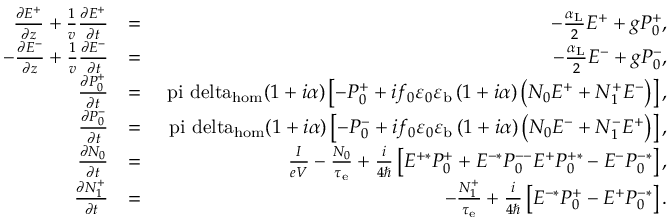
\begin{array} { r l r } { \frac { \partial E ^ { + } } { \partial z } + \frac { 1 } { v } \frac { \partial E ^ { + } } { \partial t } } & { = } & { - \frac { \alpha _ { \mathrm { L } } } { 2 } E ^ { + } + g P _ { 0 } ^ { + } , } \\ { - \frac { \partial E ^ { - } } { \partial z } + \frac { 1 } { v } \frac { \partial E ^ { - } } { \partial t } } & { = } & { - \frac { \alpha _ { \mathrm { L } } } { 2 } E ^ { - } + g P _ { 0 } ^ { - } , } \\ { \frac { \partial P _ { 0 } ^ { + } } { \partial t } } & { = } & { \mathrm { \ p i \ d e l t a _ { h o m } } ( 1 + i \alpha ) \left[ - P _ { 0 } ^ { + } + i f _ { 0 } \varepsilon _ { 0 } \varepsilon _ { \mathrm { b } } \left( 1 + i \alpha \right) \left( N _ { 0 } E ^ { + } + N _ { 1 } ^ { + } E ^ { - } \right) \right] , } \\ { \frac { \partial P _ { 0 } ^ { - } } { \partial t } } & { = } & { \mathrm { \ p i \ d e l t a _ { h o m } } ( 1 + i \alpha ) \left[ - P _ { 0 } ^ { - } + i f _ { 0 } \varepsilon _ { 0 } \varepsilon _ { \mathrm { b } } \left( 1 + i \alpha \right) \left( N _ { 0 } E ^ { - } + N _ { 1 } ^ { - } E ^ { + } \right) \right] , } \\ { \frac { \partial N _ { 0 } } { \partial t } } & { = } & { \frac { I } { e V } - \frac { N _ { 0 } } { \tau _ { \mathrm { e } } } + \frac { i } { 4 \hbar } \left[ E ^ { + * } P _ { 0 } ^ { + } + E ^ { - * } P _ { 0 } ^ { -- } E ^ { + } P _ { 0 } ^ { + * } - E ^ { - } P _ { 0 } ^ { - * } \right] , } \\ { \frac { \partial N _ { 1 } ^ { + } } { \partial t } } & { = } & { - \frac { N _ { 1 } ^ { + } } { \tau _ { \mathrm { e } } } + \frac { i } { 4 \hbar } \left[ E ^ { - * } P _ { 0 } ^ { + } - E ^ { + } P _ { 0 } ^ { - * } \right] . } \end{array}